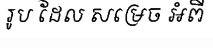
រូប ដែល សម្រេច អំពី